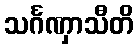
သင်္ဂဏှာသီတိ